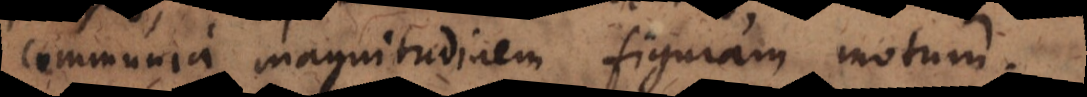
communia magnitudinem figuram motum.